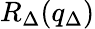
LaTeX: R_{\Delta}(q_{\Delta})